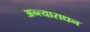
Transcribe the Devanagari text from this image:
अन्त्याराधन